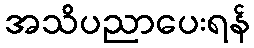
အသိပညာပေးရန်